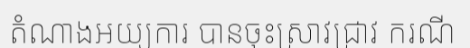
តំណាងអយ្យការ បានចុះស្រាវជ្រាវ ករណី